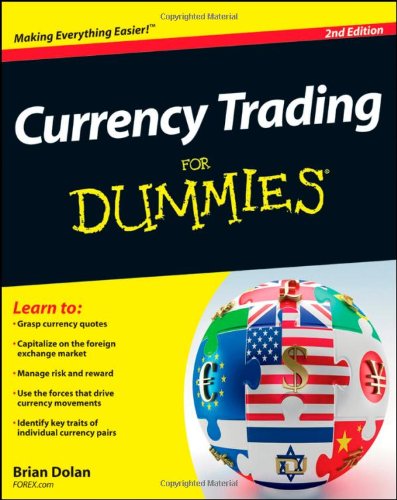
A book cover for Currency Trading For Dummies; Brian Dolan; Business & Money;